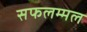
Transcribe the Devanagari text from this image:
सफलम्मल